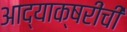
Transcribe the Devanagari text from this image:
आद्याक्षरींची